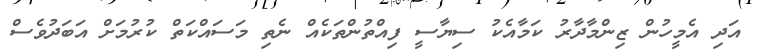
އަދި އެމީހުން ޒިންމާދާރު ކަމާއެކު ސިޔާސީ ފިއްތުންތަކެއް ނެތި މަސައްކަތް ކުރުމަށް އަބަދުވެސް